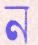
ন